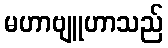
မဟာဗျူဟာသည်